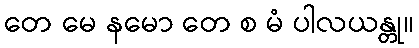
တေ မေ နမော တေ စ မံ ပါလယန္တု။